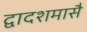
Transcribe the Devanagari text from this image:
द्वादशमासै